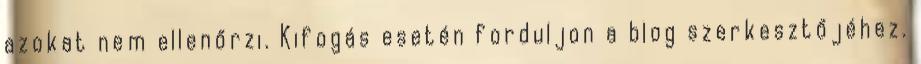
azokat nem ellenőrzi. Kifogás esetén forduljon a blog szerkesztőjéhez.